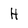
Character: H